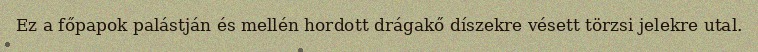
Ez a főpapok palástján és mellén hordott drágakő díszekre vésett törzsi jelekre utal.